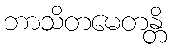
ဘာသိတမေတန္တိ